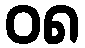
၀၈